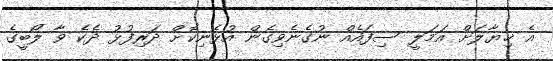
އެ ޚިޔާލަށް އަމަލީ ސިފައެއް ނުގެނެވިގެން އުޅެނިކޮށް ދަރިފުޅު ދެކެ ވާ ލޯބީގެ